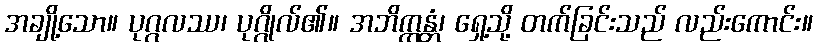
အချို့သော။ ပုဂ္ဂလဿ၊ ပုဂ္ဂိုလ်၏။ အဘိက္ကန္တံ၊ ရှေ့သို့ တက်ခြင်းသည် လည်းကောင်း။